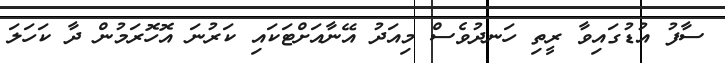
ސާފު އުޑުގައިވާ ރީތި ހަނދުވެސް މިއަދު އޭނާއަށްޓަކައި ކަރުނަ އޮހޮރަމުން ދާ ކަހަލަ